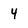
Character: 4